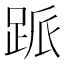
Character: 𬦱